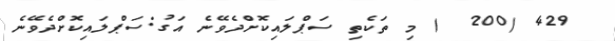
429 (200  ) މި ތަކެތި ސަޕްލައިކޮށްދެވޭނެ އަގު:ސަޕްލައިކޮށްދެވޭނެ